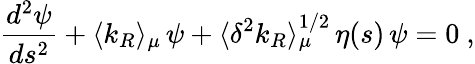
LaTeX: {\frac{d^{2}\psi}{ds^{2}}}+\langle k_{R}\rangle_{\mu}\, \psi+\langle\delta^{2}k_{R}\rangle_{\mu}^{1/2}\, \eta(s)\, \psi=0~,